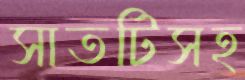
সাতটিসহ